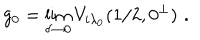
g _ { 0 } = \lim _ { \delta \rightarrow 0 } V _ { i \lambda _ { 0 } } ( 1 / 2 , 0 ^ { \perp } ) \, \, .